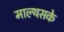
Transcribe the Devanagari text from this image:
माल्थसके